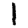
Digit: 1